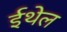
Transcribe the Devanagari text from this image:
ईथेल